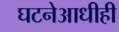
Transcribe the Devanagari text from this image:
घटनेआधीही